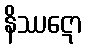
နိဿဋော